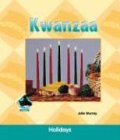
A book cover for Kwanzaa (Holidays); Julie Murray; Children's Books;